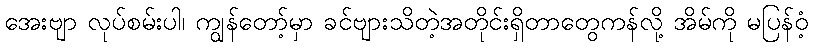
အေးဗျာ လုပ်စမ်းပါ၊ ကျွန်တော့်မှာ ခင်ဗျားသိတဲ့အတိုင်းရှိတာတွေကန်လို့ အိမ်ကို မပြန်ဝံ့